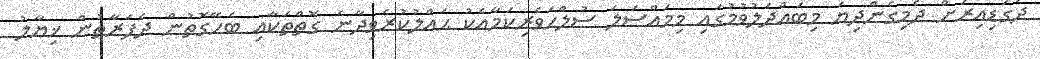
ދެގަޑިއިރަށް ދެމިގެންދިޔަ މިބައްދަލުވުމުގައި މިމައްސަލަ ސުލްހަވެރިކަމާއެކު ޙައްލުކުރެވިދާނެ ގޮތްތަކާއި ބެހޭގޮތުން ދެފަރާތުން ޚިޔާލު